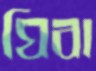
ঘিবা